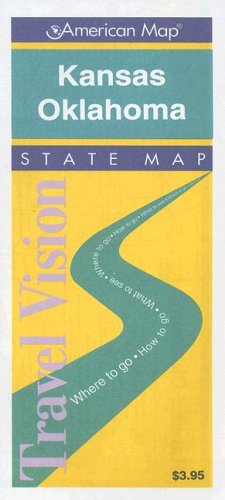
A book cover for Kansas/Oklahoma: Road Map (Travelvision State Maps); Travel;